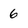
Character: 6